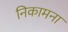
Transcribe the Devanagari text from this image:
निकामना